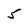
Character: 5